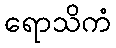
ရောသိကံ